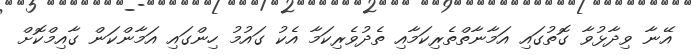
އޭނާ ވިދާޅުވާ ގޮތުގައި އަމާނާތްތެރިކަމާއި ތެދުވެރިކަމާ އެކު ގައުމު ހިންގައި އަމާންކަން ގާއިމްކޮށް